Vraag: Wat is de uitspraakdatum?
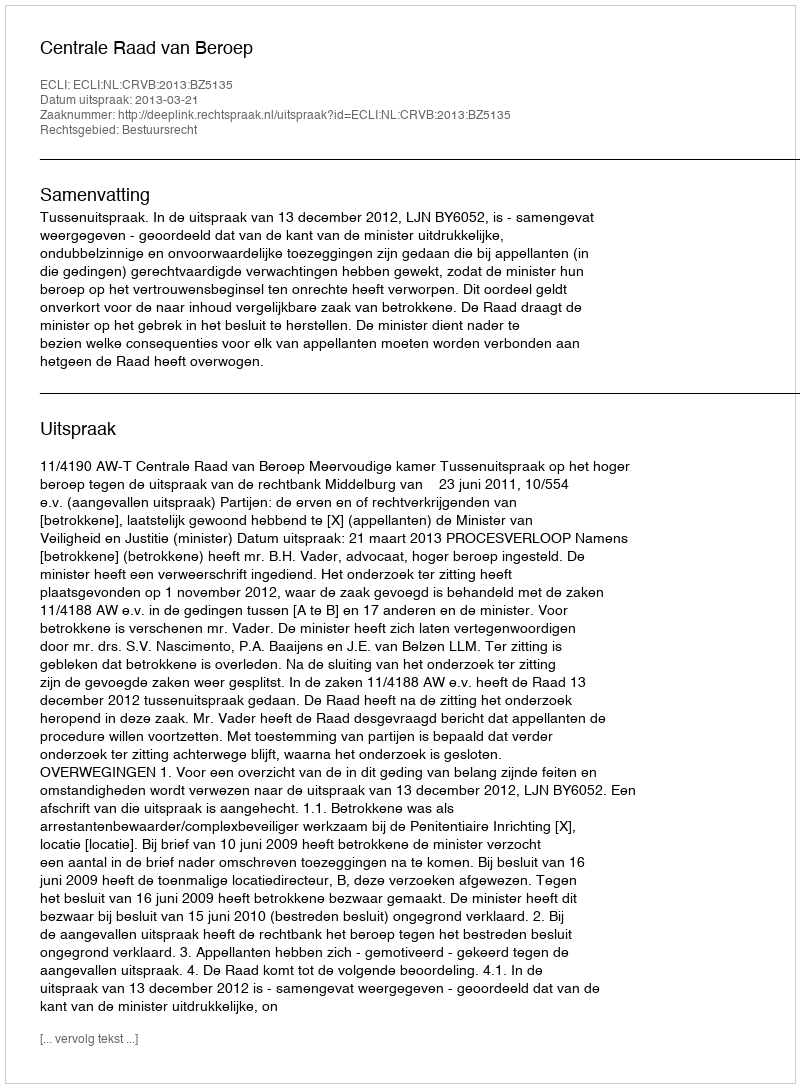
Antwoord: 2013-03-21